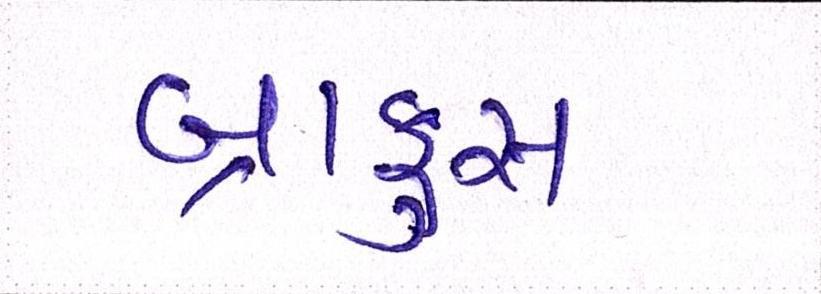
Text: બ્રાફુસ